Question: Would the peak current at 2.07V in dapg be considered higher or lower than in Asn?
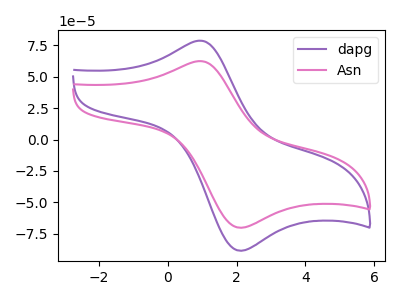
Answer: <think>The purple curve "dapg" has an anodic peak at (0.95V, 78.70uA) and a cathodic peak at (2.05V, -88.35uA). The pink curve "Asn" has an anodic peak at (0.95V, 62.40uA) and a cathodic peak at (2.05V, -70.10uA).</think>
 <answer>The peak at 2.07V is higher in "dapg" than in "Asn".</answer>
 <eval>higher</eval>